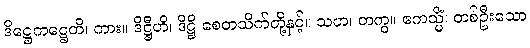
ဒိဋ္ဌေကဋ္ဌေတိ၊ ကား။ ဒိဋ္ဌီဟိ၊ ဒိဋ္ဌိ စေတသိက်တို့နှင့်။ သဟ၊ တကွ။ ဧကသ္မိံ၊ တစ်ဦးသော